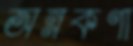
অন্নকণা